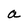
Character: a